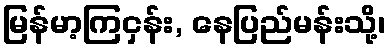
မြန်မာ့ကြငှန်း, နေပြည်မန်းသို့၊